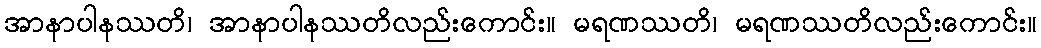
အာနာပါနဿတိ၊ အာနာပါနဿတိလည်းကောင်း။ မရဏဿတိ၊ မရဏဿတိလည်းကောင်း။